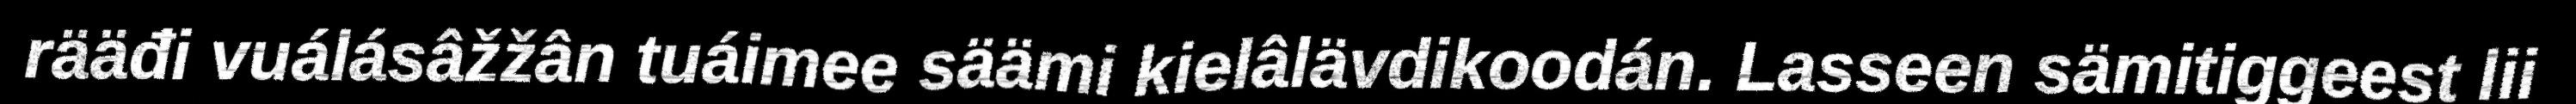
rääđi vuálásâžžân tuáimee säämi kielâlävdikoodán. Lasseen sämitiggeest lii